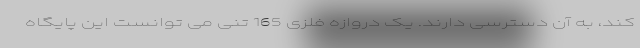
کند، به آن دسترسی دارند. یک دروازه فلزی 165 تنی می توانست این پایگاه